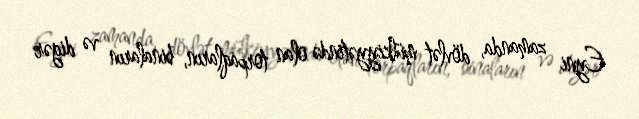
Eyni zamanda, dövlət mülkiyyətində olan torpaqların, binaların və digər